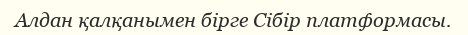
Алдан қалқанымен бірге Сібір платформасы.